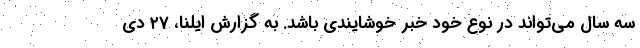
سه سال می‌تواند در نوع خود خبر خوشایندی باشد. به گزارش ایلنا، ۲۷ دی